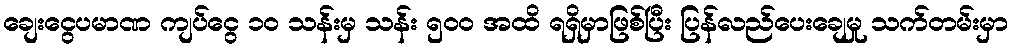
ချေးငွေပမာဏ ကျပ်ငွေ ၁၀ သန်းမှ သန်း ၅၀၀ အထိ ရရှိမှာဖြစ်ပြီး ပြန်လည်ပေးချေမှု သက်တမ်းမှာ